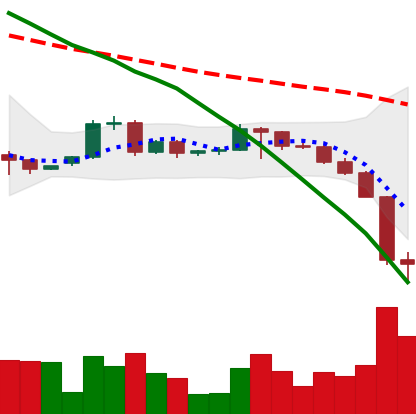
Ticker: BTC-USD
Chart end date: 2022-06-14
Forward return: -7.446%
Label: down_7plus